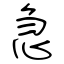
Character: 急